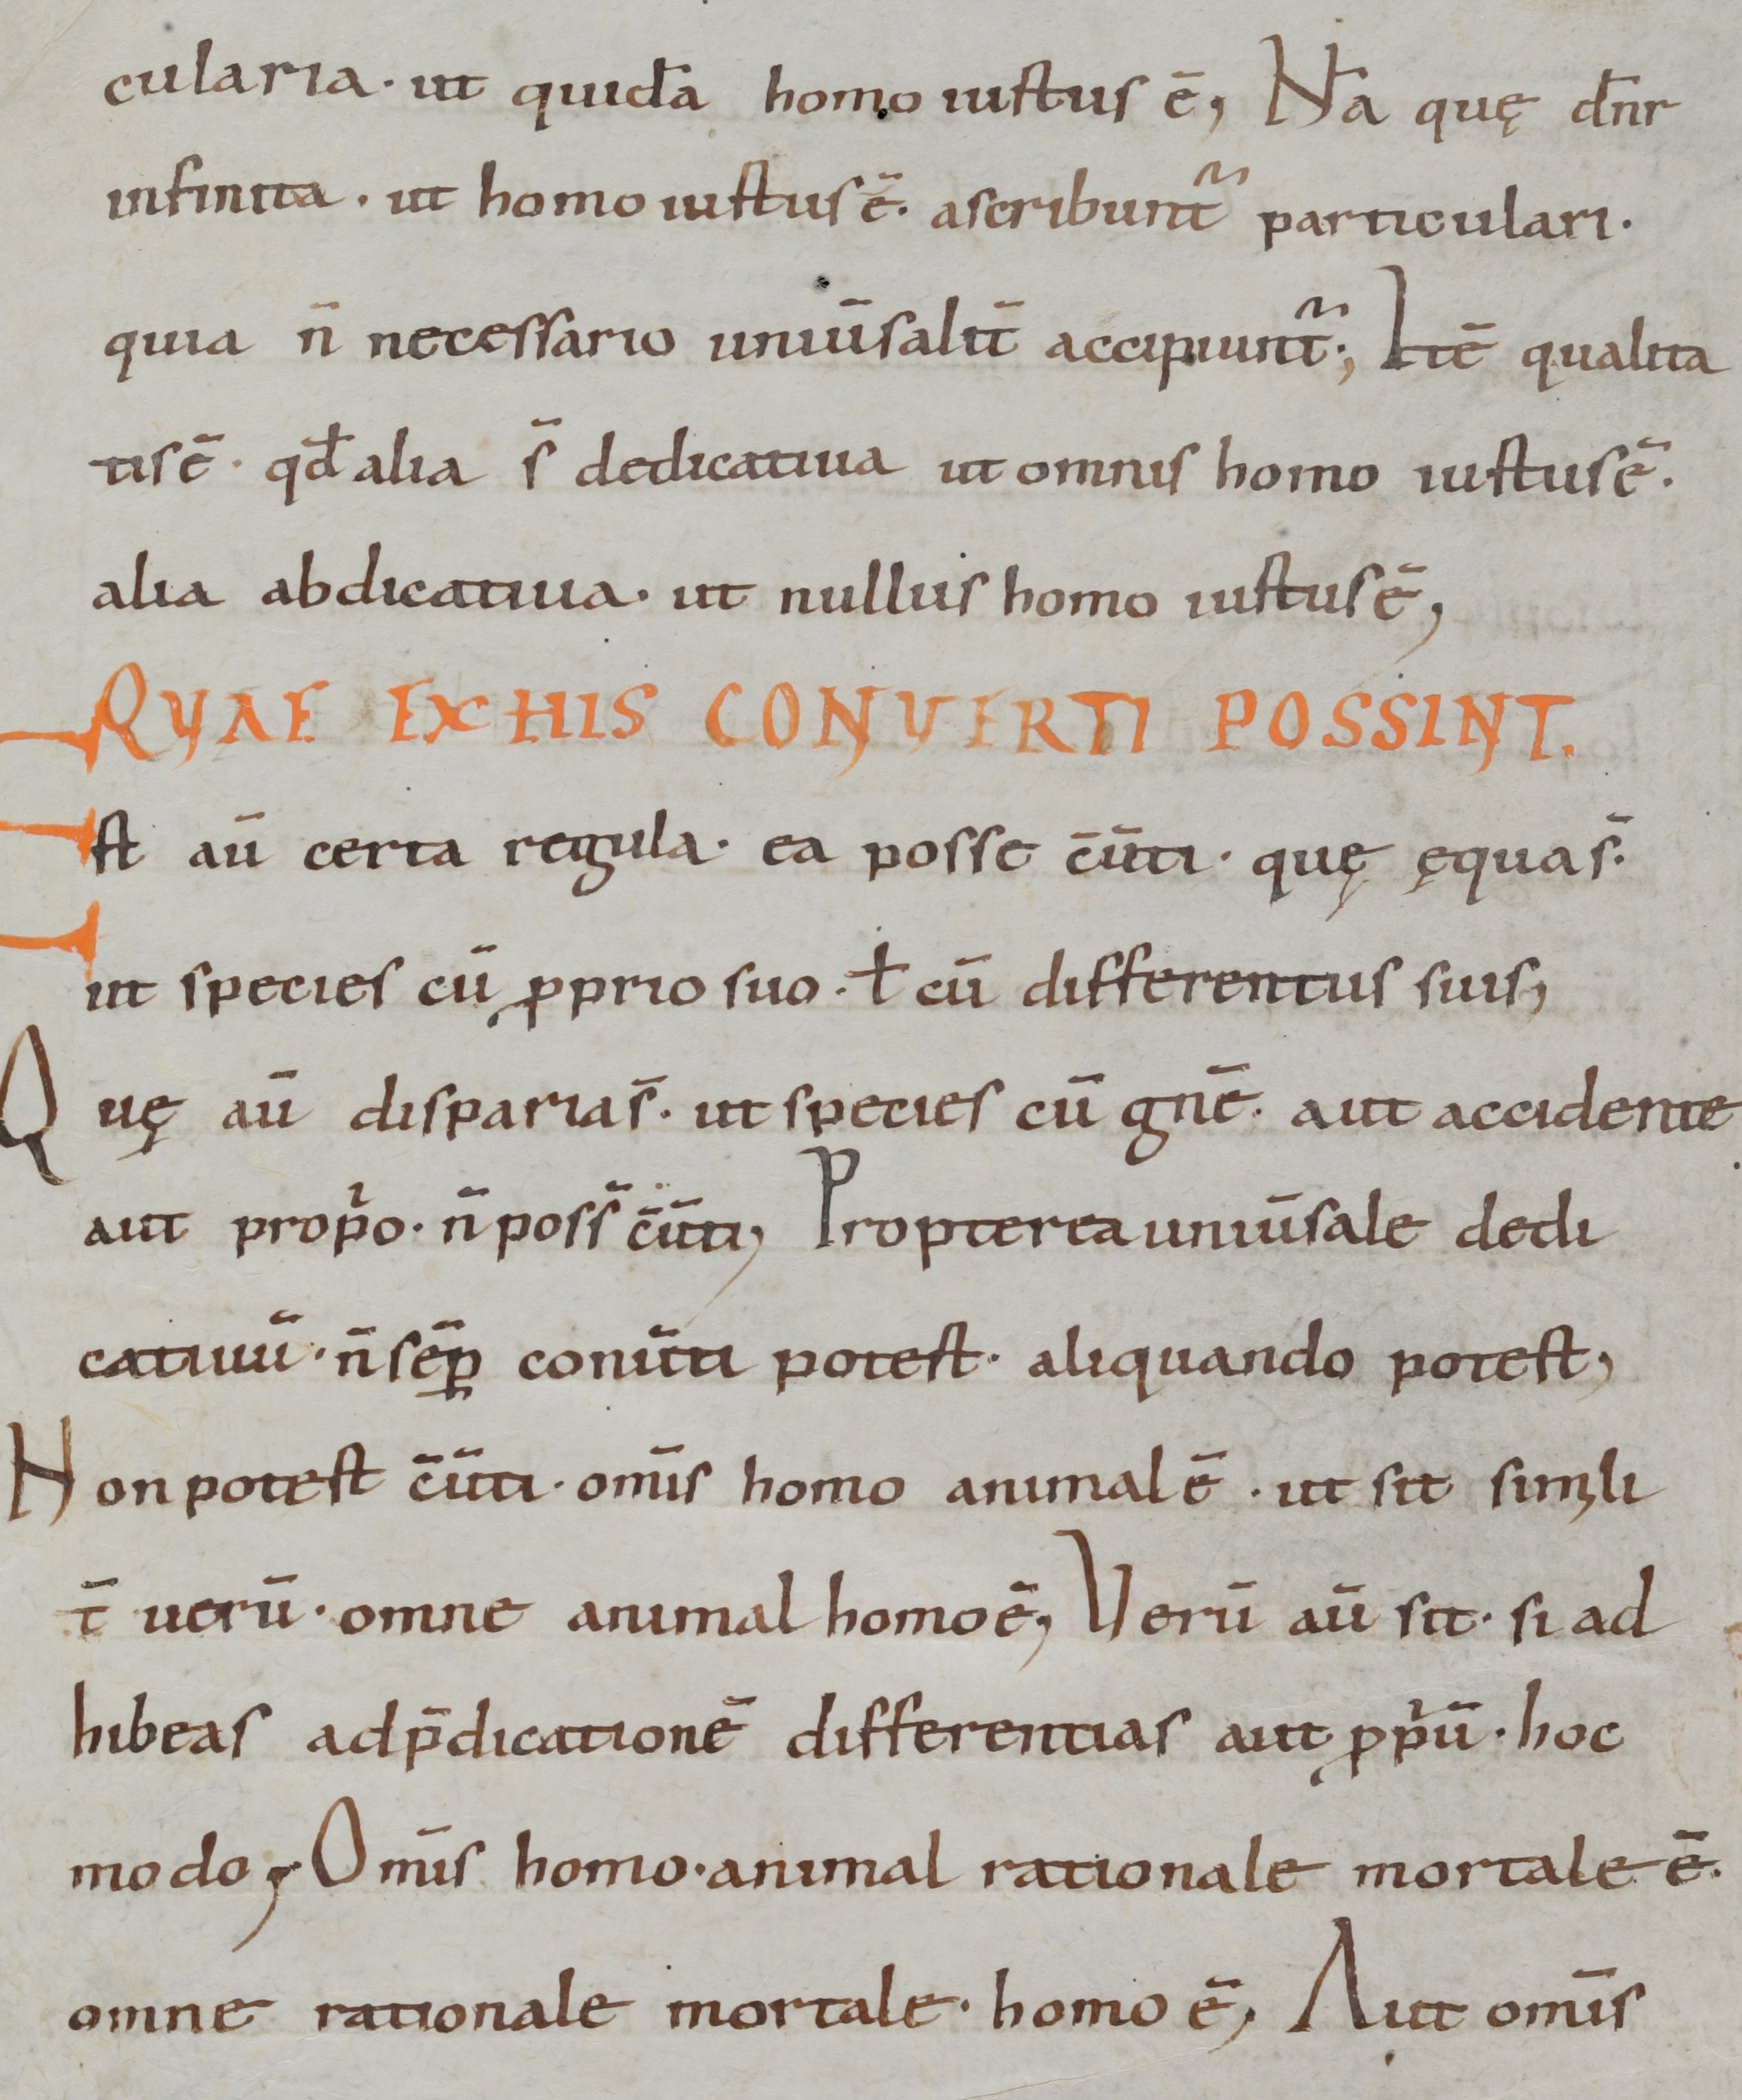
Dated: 800–999